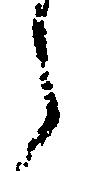
之